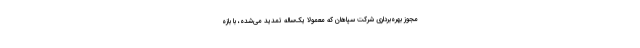
مجوز بهره‌برداری شرکت سپاهان که معمولا یک‌ساله تمدید می‌شده، با بازه